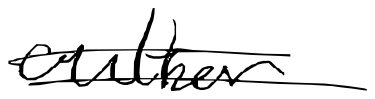
Text: author
Cross-out: double-line
Writing tool: digital_black